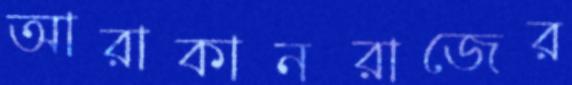
আরাকানরাজের